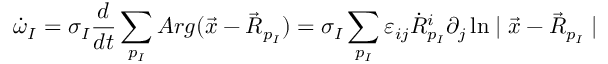
\dot { \omega } _ { I } = \sigma _ { I } \frac { d } { d t } \sum _ { p _ { I } } A r g ( \vec { x } - \vec { R } _ { p _ { I } } ) = \sigma _ { I } \sum _ { p _ { I } } \varepsilon _ { i j } \dot { R } _ { p _ { I } } ^ { i } \partial _ { j } \ln \mid \vec { x } - \vec { R } _ { p _ { I } } \mid \; \;